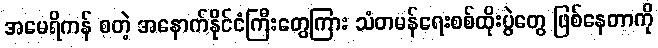
အမေရိကန် စတဲ့ အနောက်နိုင်ငံကြီးတွေကြား သံတမန်ရေးစစ်ထိုးပွဲတွေ ဖြစ်နေတာကို